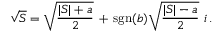
{ \sqrt { S } } = { \sqrt { \frac { \vert S \vert + a } { 2 } } } \, + \, \operatorname { s g n } ( b ) { \sqrt { \frac { \vert S \vert - a } { 2 } } } \, \, i \, .